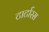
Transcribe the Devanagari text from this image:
टार्टारस